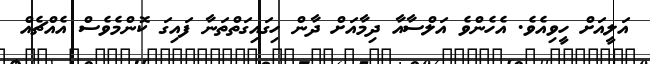
އަލީއަށް ހީވިއެވެ. އެހެންވެ އަލްސާއާ ދިމާއަށް ދާން ހިގައިގަތްތަނާ ފައިގަ ކޮންމެވެސް އެއްޗެއް